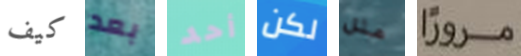
كيف بعد أحد لكن مثل مروراً